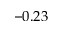
- 0 . 2 3